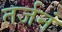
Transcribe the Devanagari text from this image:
तर्जनं